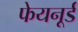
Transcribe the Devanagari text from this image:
फेयनूर्ड